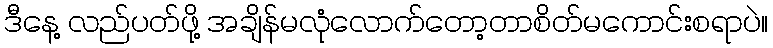
ဒီနေ့ လည်ပတ်ဖို့ အချိန်မလုံလောက်တော့တာစိတ်မကောင်းစရာပဲ။